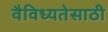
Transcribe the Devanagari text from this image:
वैविध्यतेसाठी